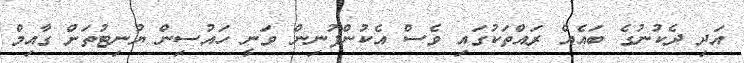
އަދި ދެކުނުގެ ބައެއް ރައްތަކުގައި ވެސް އެކުންފުނިން ވަނީ ހައުސިން ޔުނިޓުތަށް ގާއިމް